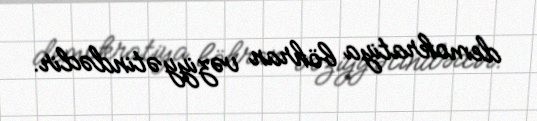
demokratiya böhran vəziyyətindədir.